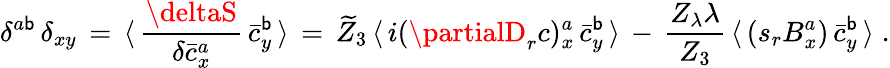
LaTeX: \delta^{a\mathsf{b}}\, \delta_{xy}\, =\, \langle\, \frac{{\deltaS}}{{\delta\bar{{c}}_{x}^{a}}}\, \bar{{c}}_{y}^{\mathsf{b}}\, \rangle\, =\, \widetilde{Z}_{3}\, \langle\, i(\partialD_{r}c)_{x}^{a}\, \bar{{c}}_{y}^{\mathsf{b}}\, \rangle\, -\, \frac{{Z_{\lambda}\lambda}}{{Z_{3}}}\, \langle\, (s_{r}B_{x}^{a})\, \bar{{c}}_{y}^{\mathsf{b}}\, \rangle\; .